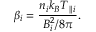
\beta _ { i } = \frac { n _ { i } k _ { B } T _ { \parallel i } } { B _ { i } ^ { 2 } / 8 \pi } .